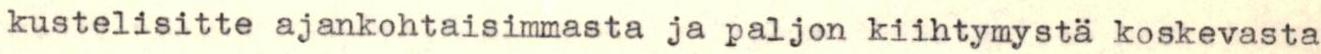
kustelisitte ajankohtaisimmasta ja paljon kiihtymystä koskevasta